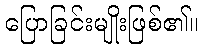
ပြောခြင်းမျိုးဖြစ်၏။